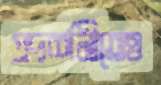
প্রদর্শনীতেও